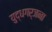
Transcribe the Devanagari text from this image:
युद्धगर्जना